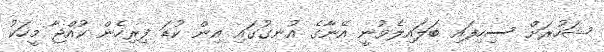
ޝަހުރަށް ސިހިފައި ބަލައިލެވުނީ އޭނާގެ އުނގުގައި އިން ކުޑަ ފިރިހެން ކުއްޖާ މީހަކު